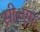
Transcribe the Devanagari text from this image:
सी॰एम॰